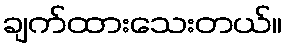
ချက်ထားသေးတယ်။